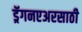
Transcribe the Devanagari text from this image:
ड्रॅगनएअरसाठी